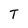
Character: T